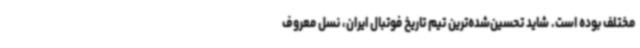
مختلف بوده است. شاید تحسین‌شده‌ترین تیم تاریخ فوتبال ایران، نسل معروف